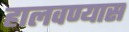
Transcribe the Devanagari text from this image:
हालवण्यास